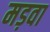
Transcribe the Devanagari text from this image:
मड़वा